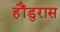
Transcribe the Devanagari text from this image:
हौंडुरास